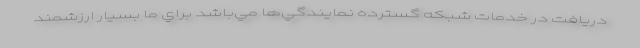
دريافت در خدمات شبكه گسترده نمايندگي‌ها مي‌باشد براي ما بسيار ارزشمند